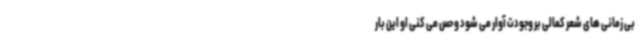
بی زمانی های شعر کمالی بر وجودت آوار می شود و حس می کنی او این بار